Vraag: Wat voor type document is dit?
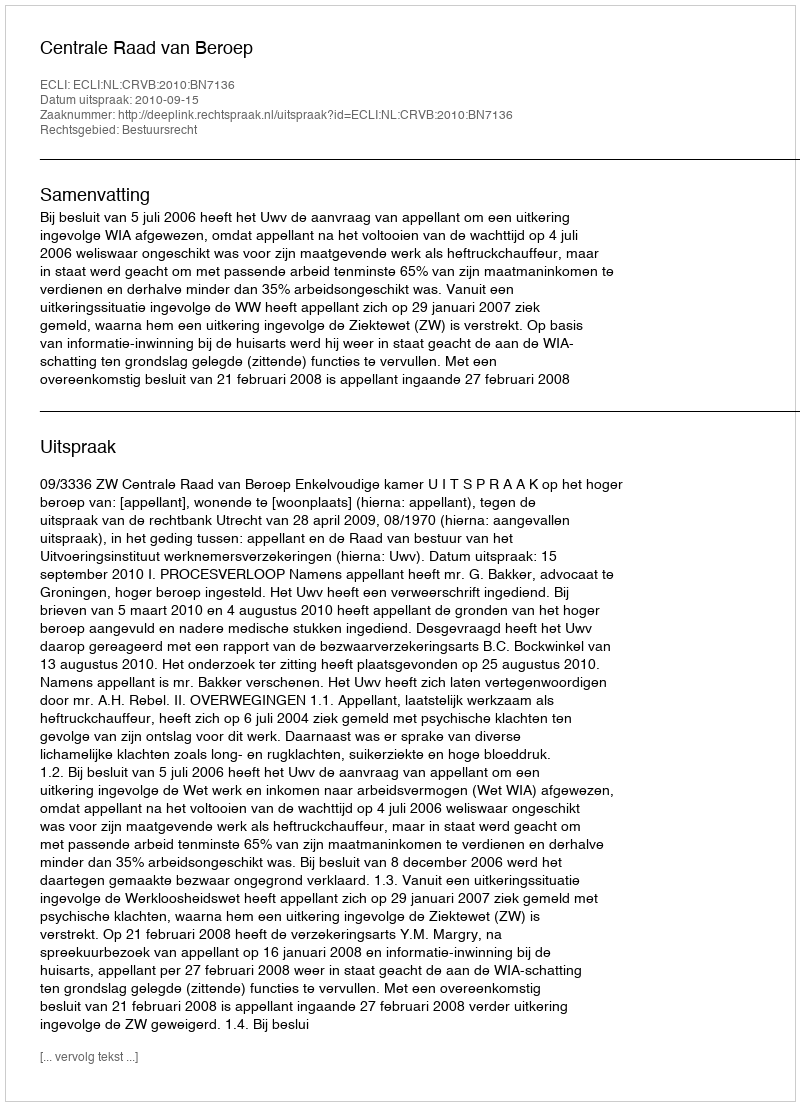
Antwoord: Uitspraak